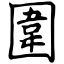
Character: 圍